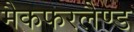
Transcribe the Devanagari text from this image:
मैकफरलैण्ड